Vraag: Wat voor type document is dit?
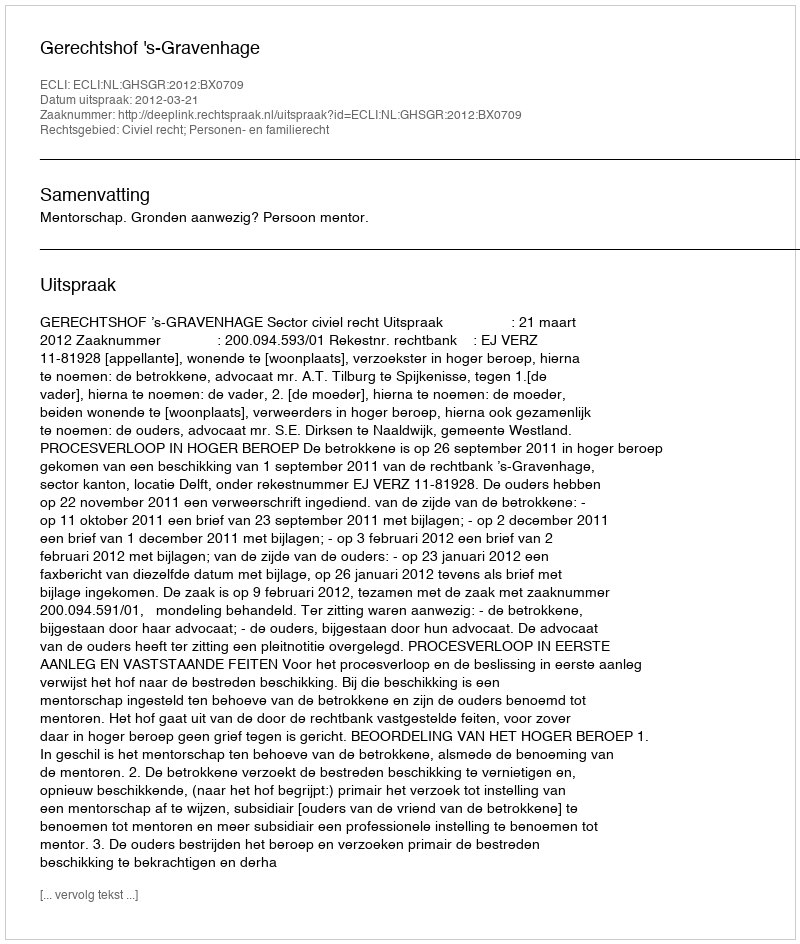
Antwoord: Uitspraak